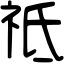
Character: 祗